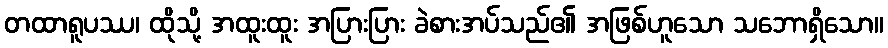
တထာရူပဿ၊ ထိုသို့ အထူးထူး အပြားပြား ခဲစားအပ်သည်၏ အဖြစ်ဟူသော သဘောရှိသော။